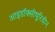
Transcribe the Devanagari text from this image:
आइडॉक्सीयूरिडीन